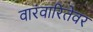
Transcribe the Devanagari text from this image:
वारंवारितेवर